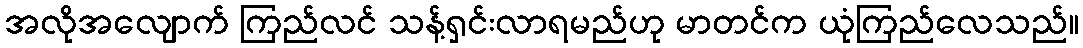
အလိုအလျောက် ကြည်လင် သန့်ရှင်းလာရမည်ဟု မာတင်က ယုံကြည်လေသည်။